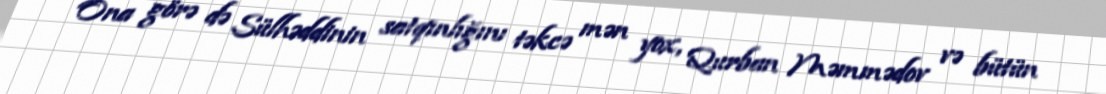
Ona görə də Sülhəddinin satqınlığını təkcə mən yox, Qurban Məmmədov və bütün